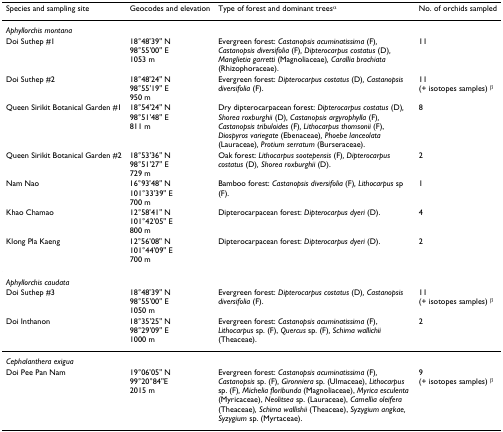
<table><thead><tr><td><b>Species and sampling site</b></td><td><b>Geocodes and elevation</b></td><td><b>Type of forest and dominant trees<sup>α</sup></b></td><td><b>No. of orchids sampled</b></td></tr></thead><tbody><tr><td><i>Aphyllorchis montana</i></td><td></td><td></td><td></td></tr><tr><td>Doi Suthep #1</td><td>18°48&#x27;39&quot; N98°55&#x27;00&quot; E1053 m</td><td>Evergreen forest: <i>Castanopsis acuminatissima </i>(F)<i>, Castanopsis diversifolia </i>(F)<i>, Dipterocarpus costatus </i>(D)<i>, Manglietia garretti </i>(Magnoliaceae)<i>, Carallia brachiata </i>(Rhizophoraceae).</td><td>11</td></tr><tr><td>Doi Suthep #2</td><td>18°48&#x27;24&quot; N98°55&#x27;19&quot; E950 m</td><td>Evergreen forest: <i>Dipterocarpus costatus </i>(D)<i>, Castanopsis diversifolia </i>(F).</td><td>11(+ isotopes samples) <sup>β</sup></td></tr><tr><td>Queen Sirikit Botanical Garden #1</td><td>18°54&#x27;24&quot; N98°51&#x27;48&quot; E811 m</td><td>Dry dipterocarpacean forest: <i>Dipterocarpus costatus </i>(D)<i>, Shorea roxburghii </i>(D)<i>, Castanopsis argyrophylla </i>(F)<i>, Castanopsis tribuloides </i>(F)<i>, Lithocarpus thomsonii </i>(F), <i>Diospyros variegate </i>(Ebenaceae)<i>, Phoebe lanceolata </i>(Lauraceae)<i>, Protium serratum </i>(Burseraceae).</td><td>8</td></tr><tr><td>Queen Sirikit Botanical Garden #2</td><td>18°53&#x27;36&quot; N98°51&#x27;27&quot; E729 m</td><td>Oak forest: <i>Lithocarpus sootepensis </i>(F)<i>, Dipterocarpus costatus </i>(D)<i>, Shorea roxburghii </i>(D).</td><td>2</td></tr><tr><td>Nam Nao</td><td>16°93&#x27;48&quot; N101°33&#x27;39&quot; E700 m</td><td>Bamboo forest: <i>Castanopsis diversifolia </i>(F)<i>, Lithocarpus </i>sp (F).</td><td>1</td></tr><tr><td>Khao Chamao</td><td>12°58&#x27;41&quot; N101°42&#x27;05&quot; E800 m</td><td>Dipterocarpacean forest: <i>Dipterocarpus dyeri </i>(D).</td><td>4</td></tr><tr><td>Klong Pla Kaeng</td><td>12°56&#x27;08&quot; N101°44&#x27;09&quot; E700 m</td><td>Dipterocarpacean forest: <i>Dipterocarpus dyeri </i>(D).</td><td>2</td></tr><tr><td><i>Aphyllorchis caudata</i></td><td></td><td></td><td></td></tr><tr><td>Doi Suthep #3</td><td>18°48&#x27;39&quot; N98°55&#x27;00&quot; E1050 m</td><td>Evergreen forest: <i>Dipterocarpus costatus </i>(D)<i>, Castanopsis diversifolia </i>(F).</td><td>11(+ isotopes samples) <sup>β</sup></td></tr><tr><td>Doi Inthanon</td><td>18°35&#x27;25&quot; N98°29&#x27;09&quot; E1000 m</td><td>Evergreen forest: <i>Castanopsis acuminatissima </i>(F), <i>Lithocarpus </i>sp. (F), <i>Quercus </i>sp. (F)<i>, Schima wallichii </i>(Theaceae).</td><td>2</td></tr><tr><td><i>Cephalanthera exigua</i></td><td></td><td></td><td></td></tr><tr><td>Doi Pee Pan Nam</td><td>19°06&#x27;05&quot; N99°20°84&quot;E2015 m</td><td>Evergreen forest: <i>Castanopsis acuminatissima </i>(F)<i>, Castanopsis </i>sp. (F)<i>, Gironniera </i>sp. (Ulmaceae), <i>Lithocarpus </i>sp. (F)<i>, Michelia floribunda </i>(Magnoliaceae), <i>Myrica esculenta </i>(Myricaceae), <i>Neolitsea </i>sp. (Lauraceae), <i>Camellia oleifera </i>(Theaceae)<i>, Schima wallishii </i>(Theaceae), <i>Syzygium angkae, Syzygium </i>sp. (Myrtaceae).</td><td>9(+ isotopes samples) <sup>β</sup></td></tr></tbody></table>